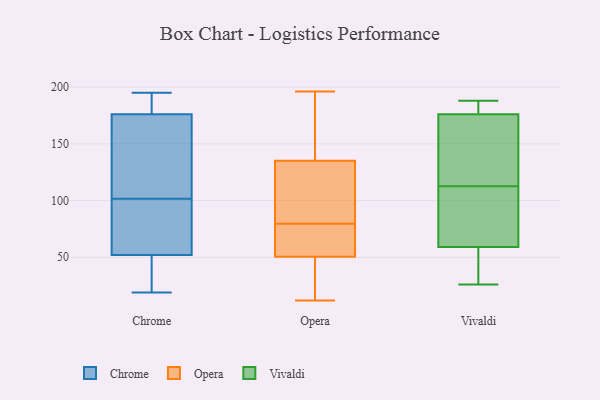
{"axis": {"x": "Inventory Turnover", "y": "Value"}, "legend": ["Chrome", "Opera", "Vivaldi"], "data": [{"x": "", "y": 150, "type": "Chrome"}, {"x": "", "y": 142, "type": "Chrome"}, {"x": "", "y": 19, "type": "Chrome"}, {"x": "", "y": 28, "type": "Chrome"}, {"x": "", "y": 36, "type": "Chrome"}, {"x": "", "y": 98, "type": "Chrome"}, {"x": "", "y": 103, "type": "Chrome"}, {"x": "", "y": 195, "type": "Chrome"}, {"x": "", "y": 190, "type": "Chrome"}, {"x": "", "y": 176, "type": "Chrome"}, {"x": "", "y": 19, "type": "Chrome"}, {"x": "", "y": 100, "type": "Chrome"}, {"x": "", "y": 75, "type": "Chrome"}, {"x": "", "y": 184, "type": "Chrome"}, {"x": "", "y": 188, "type": "Chrome"}, {"x": "", "y": 52, "type": "Chrome"}, {"x": "", "y": 109, "type": "Chrome"}, {"x": "", "y": 60, "type": "Chrome"}, {"x": "", "y": 196, "type": "Opera"}, {"x": "", "y": 43, "type": "Opera"}, {"x": "", "y": 73, "type": "Opera"}, {"x": "", "y": 125, "type": "Opera"}, {"x": "", "y": 118, "type": "Opera"}, {"x": "", "y": 64, "type": "Opera"}, {"x": "", "y": 151, "type": "Opera"}, {"x": "", "y": 58, "type": "Opera"}, {"x": "", "y": 86, "type": "Opera"}, {"x": "", "y": 128, "type": "Opera"}, {"x": "", "y": 61, "type": "Opera"}, {"x": "", "y": 166, "type": "Opera"}, {"x": "", "y": 14, "type": "Opera"}, {"x": "", "y": 12, "type": "Opera"}, {"x": "", "y": 142, "type": "Opera"}, {"x": "", "y": 27, "type": "Opera"}, {"x": "", "y": 26, "type": "Vivaldi"}, {"x": "", "y": 176, "type": "Vivaldi"}, {"x": "", "y": 131, "type": "Vivaldi"}, {"x": "", "y": 54, "type": "Vivaldi"}, {"x": "", "y": 64, "type": "Vivaldi"}, {"x": "", "y": 187, "type": "Vivaldi"}, {"x": "", "y": 49, "type": "Vivaldi"}, {"x": "", "y": 94, "type": "Vivaldi"}, {"x": "", "y": 188, "type": "Vivaldi"}, {"x": "", "y": 156, "type": "Vivaldi"}, {"x": "", "y": 176, "type": "Vivaldi"}, {"x": "", "y": 71, "type": "Vivaldi"}]}